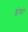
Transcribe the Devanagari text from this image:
इंफो